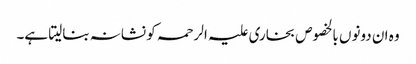
وہ ان دونوں بالخصوص بخاری علیہ الرحمہ کو نشانہ بنالیتا ہے۔